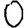
Digit: 0